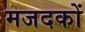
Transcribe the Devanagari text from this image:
मजदकों